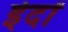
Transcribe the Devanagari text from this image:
ईदों